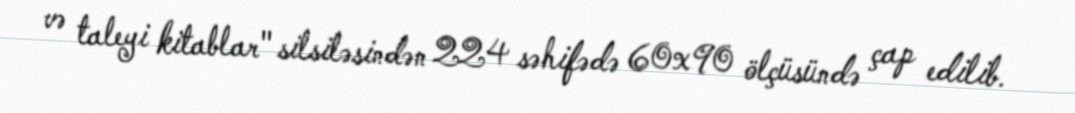
və taleyi kitablar" silsiləsindən 224 səhifədə 60x90 ölçüsündə çap edilib.